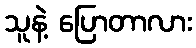
သူနဲ့ ပြောတာလား